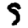
Digit: 9